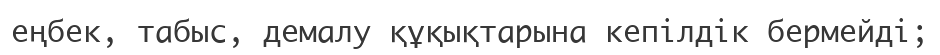
еңбек, табыс, демалу құқықтарына кепілдік бермейді;